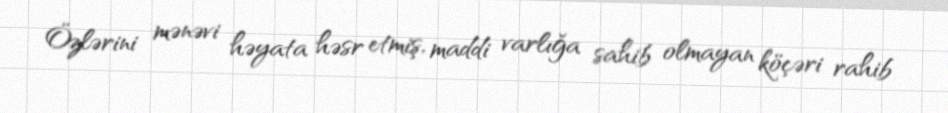
Özlərini mənəvi həyata həsr etmiş, maddi varlığa sahib olmayan köçəri rahib